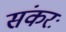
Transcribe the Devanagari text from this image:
संकरः